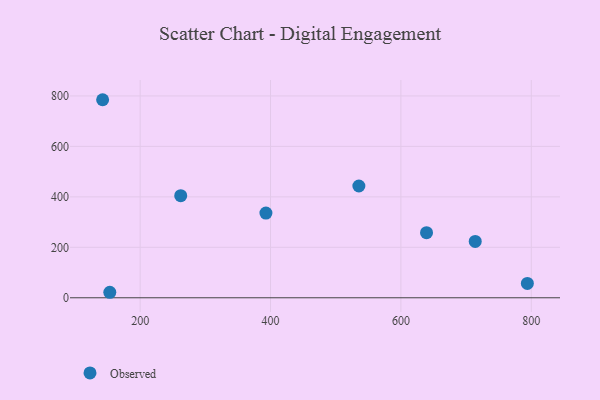
{"axis": {"x": "Experience", "y": "Rating"}, "legend": ["Observed"], "data": [{"x": "794.0", "y": 56.8, "type": "Observed"}, {"x": "714.0", "y": 223.3, "type": "Observed"}, {"x": "535.5", "y": 443.1, "type": "Observed"}, {"x": "639.3", "y": 258.0, "type": "Observed"}, {"x": "262.2", "y": 404.6, "type": "Observed"}, {"x": "392.9", "y": 335.9, "type": "Observed"}, {"x": "142.4", "y": 785.0, "type": "Observed"}, {"x": "153.4", "y": 21.8, "type": "Observed"}]}